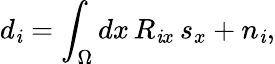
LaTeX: d_{\mathit{i}}=\int_{\Omega}dx\, R_{\mathit{i}x}\, s_{x}+n_{\mathit{i}},